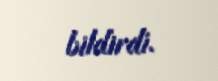
bildirdi.